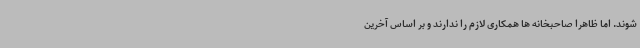
شوند. اما ظاهرا صاحبخانه ها همکاری لازم را ندارند و بر اساس آخرین